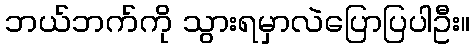
ဘယ်ဘက်ကို သွားရမှာလဲပြောပြပါဦး။